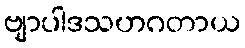
ဗျာပါဒသဟဂတာယ